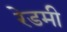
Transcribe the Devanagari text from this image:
रेडमी